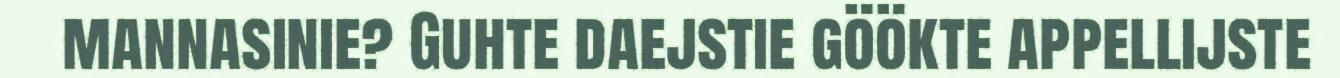
mannasinie? Guhte daejstie göökte appellijste